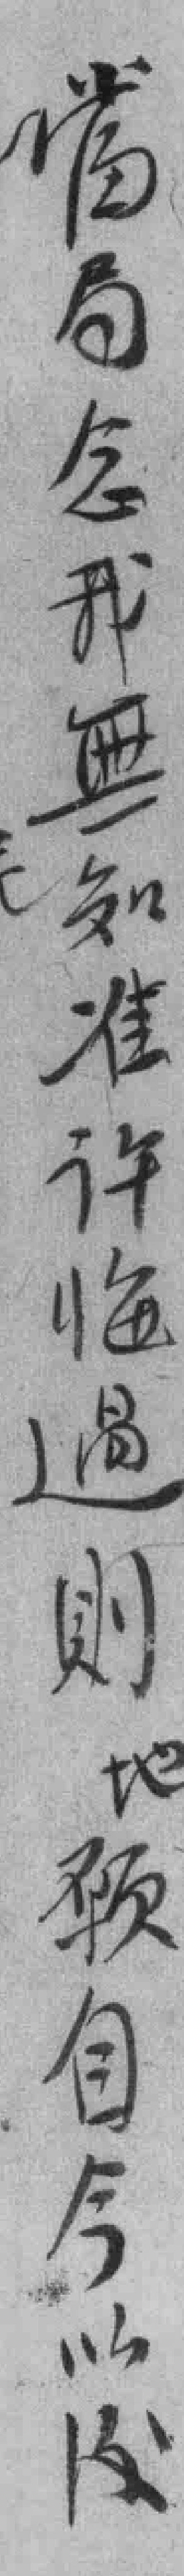
當局念我無知准许悔過則地願自今以後